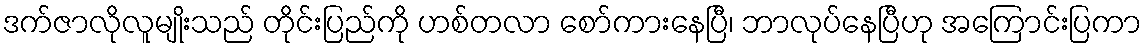
ဒက်ဇာလိုလူမျိုးသည် တိုင်းပြည်ကို ဟစ်တလာ စော်ကားနေပြီ၊ ဘာလုပ်နေပြီဟု အကြောင်းပြကာ